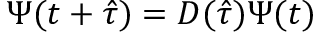
\Psi ( t + \hat { \tau } ) = D ( \hat { \tau } ) \Psi ( t )